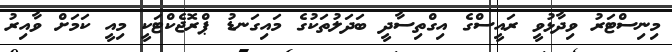
މިނިސްޓަރު ވިދާޅުވީ ރައީސްގެ އިގްތިސާދީ ބަދަލުތަކުގެ މައިގަނޑު ޕްރޮޖެކްޓަކީ މިއީ ކަމަށް ވާއިރު